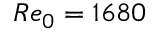
R e _ { 0 } = 1 6 8 0